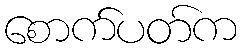
စောက်ပတ်က